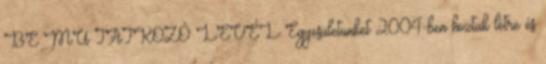
BE MU TATKOZÓ LEVÉL Egyesületünket 2004-ben hoztuk létre és